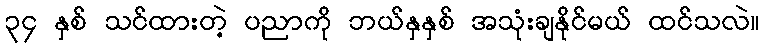
၃၄ နှစ် သင်ထားတဲ့ ပညာကို ဘယ်နှနှစ် အသုံးချနိုင်မယ် ထင်သလဲ။